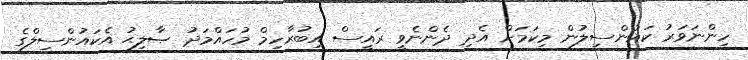
ހިންނަވަރު ކައުންސިލުން މިކަމަށް އެދި ދެންނެވީ ރައީސް އިބުރާހިމް މުހައްމަދު ޞާލިޙު އެކައުންސިލްގެ